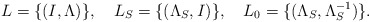
\begin{align*}L=\{(I,\Lambda)\},\quad L_S=\{(\Lambda_S,I)\},\quad L_0=\{(\Lambda_{S},\Lambda^{-1}_{S})\}.\end{align*}